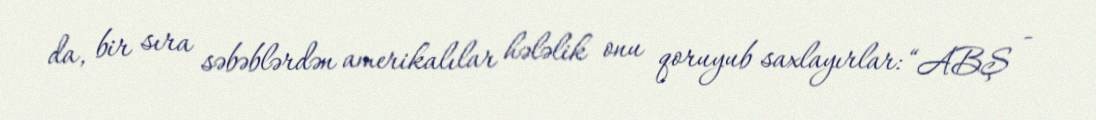
da, bir sıra səbəblərdən amerikalılar hələlik onu qoruyub saxlayırlar: “ABŞ -